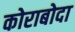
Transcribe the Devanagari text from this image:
कोराबोदा